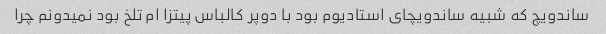
ساندویچ که شبیه ساندویچای استادیوم بود با دوپر کالباس پیتزا ام تلخ بود نمیدونم چرا